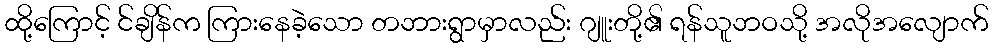
ထို့ကြောင့် င်ချိန်က ကြားနေခဲ့သော တဘားရွာမှာလည်း ဂျူးတို့၏ ရန်သူဘဝသို့ အလိုအလျောက်